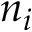
n _ { i }